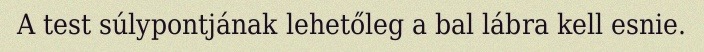
A test súlypontjának lehetőleg a bal lábra kell esnie.